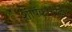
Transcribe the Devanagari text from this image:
शीर्षकाचीही